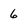
Character: 6